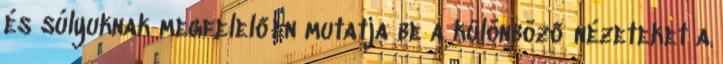
és súlyuknak megfelelően mutatja be a különböző nézeteket a